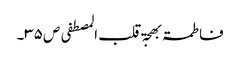
فاطمۃ بھجۃ قلب المصطفی ص ۳۵۔